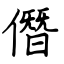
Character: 僭